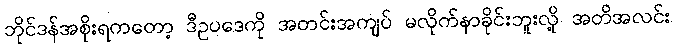
ဘိုင်ဒန်အစိုးရကတော့ ဒီဥပဒေကို အတင်းအကျပ် မလိုက်နာခိုင်းဘူးလို့ အတိအလင်း